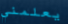
يعلمني